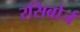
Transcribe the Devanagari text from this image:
रसिबोर्ज